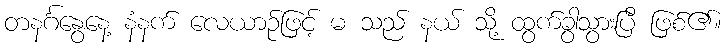
တနင်္ဂနွေနေ့ နံနက် လေယာဉ်ဖြင့် မ သည် နယ် သို့ ထွက်ခွာသွားပြီ ဖြစ်၏။